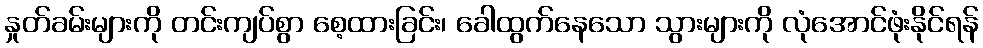
နှုတ်ခမ်းများကို တင်းကျပ်စွာ စေ့ထားခြင်း၊ ခေါထွက်နေသော သွားများကို လုံအောင်ဖုံးနိုင်ရန်